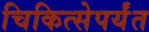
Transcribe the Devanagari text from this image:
चिकित्सेपर्यंत